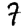
Digit: 7